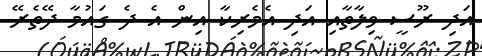
އަދި ރޫސީ ވިލާތާއި އަދި އެމެރިކާ އިން އެ ދެ ގައުމާ ދޭތެރޭ